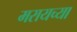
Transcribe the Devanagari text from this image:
मरायच्या